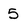
Character: 5